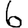
Digit: 6